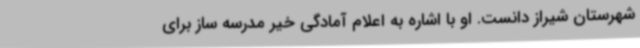
شهرستان شیراز دانست. او با اشاره به اعلام آمادگی خیر مدرسه ساز برای